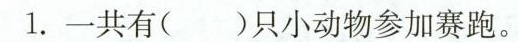
1.一共有( )只小动物参加赛跑。